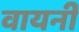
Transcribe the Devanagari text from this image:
वायनी